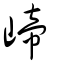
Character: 崹